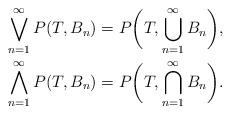
LaTeX: \begin{align*}\bigvee_{n=1}^\infty P(T,B_n)&=P\bigg(T,\bigcup_{n=1}^\infty B_n\bigg), \\\bigwedge_{n=1}^\infty P(T,B_n)&=P\bigg(T,\bigcap_{n=1}^\infty B_n\bigg).\end{align*}